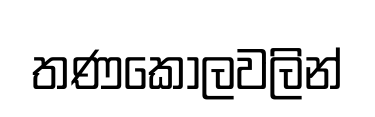
තණකොලවලින්